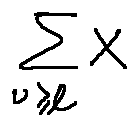
\sum \limits _ { v \geq l } X